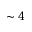
\sim 4